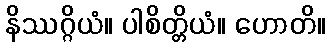
နိဿဂ္ဂိယံ။ ပါစိတ္တိယံ။ ဟောတိ။